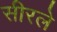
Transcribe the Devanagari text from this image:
सीरले